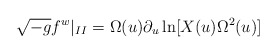
\begin{align*}\sqrt {-g}f^{w}|_{II}=\Omega (u)\partial _{u}\ln[X(u)\Omega ^{2}(u)] \end{align*}